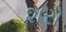
શરો